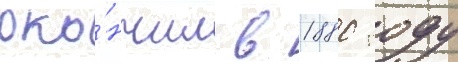
око́нчил в 1880 году